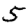
Digit: 5